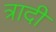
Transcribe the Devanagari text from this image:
त्रादी